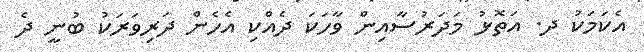
އެކަމަކު ދ. އަތޮޅު މަދަރުސާއިން ވާހަކަ ދެއްކި އެހެން ދަރިވަރަކު ބުނީ ދެ